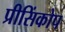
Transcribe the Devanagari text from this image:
प्रीसिंकोप